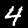
Digit: 4